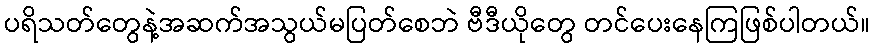
ပရိသတ်တွေနဲ့အဆက်အသွယ်မပြတ်စေဘဲ ဗီဒီယိုတွေ တင်ပေးနေကြဖြစ်ပါတယ်။